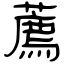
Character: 薦